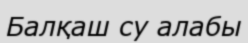
Балқаш су алабы